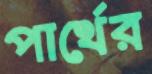
পার্থের